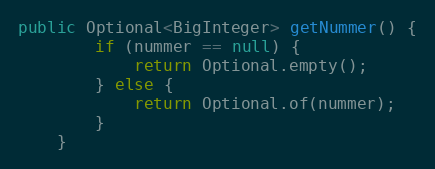
Language: Java
public Optional<BigInteger> getNummer() {
        if (nummer == null) {
            return Optional.empty();
        } else {
            return Optional.of(nummer);
        }
    }